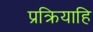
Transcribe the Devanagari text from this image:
प्रक्रियाहि